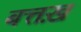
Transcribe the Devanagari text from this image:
बत्तख़